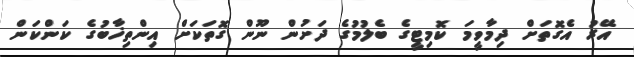
އޭރު އެގޮތަށް ދިމާވީމަ ކޮމިޓީގެ ބެލުމުގެ ދަށުން ނޫން ގޮތަކަށް އިންތިޚާބުގެ ކަންކަން